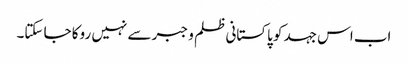
اب اس جہد کو پاکستانی ظلم و جبر سے نہیں روکا جا سکتا۔